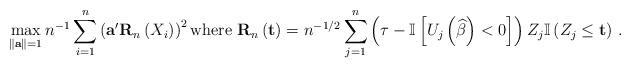
LaTeX: \begin{align*}\max_{\left\Vert \mathbf{a}\right\Vert = 1}n^{-1}\sum_{i=1}^{n}\left(\mathbf{a}^{\prime}\mathbf{R}_{n}\left(X_{i}\right)\right)^{2}\mbox{where } \mathbf{R}_{n}\left(\mathbf{t}\right)=n^{-1/2}\sum_{j=1}^{n} \left( \tau - \mathbb{I}\left[ U_{j} \left( \widehat{\beta} \right) <0\right] \right) Z_{j}\mathbb{I}\left(Z_{j}\leq\mathbf{t}\right)\, .\end{align*}